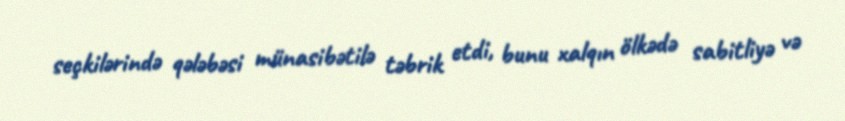
seçkilərində qələbəsi münasibətilə təbrik etdi, bunu xalqın ölkədə sabitliyə və